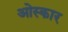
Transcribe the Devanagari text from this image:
ओस्कार